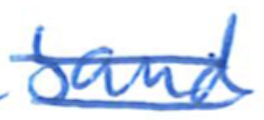
Text: band
Cross-out: double-line
Writing tool: ballpoint